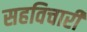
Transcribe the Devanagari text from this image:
सहविचारी